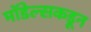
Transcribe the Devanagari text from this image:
मॉडेल्सकडून